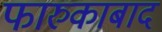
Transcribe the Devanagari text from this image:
फारुकाबाद